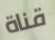
قناة